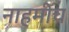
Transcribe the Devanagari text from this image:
नाहमीच